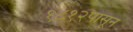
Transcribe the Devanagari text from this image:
१८१२पासून